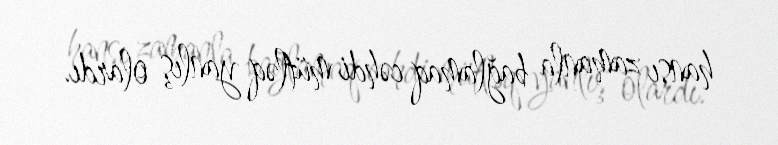
hansı zamanla bağlamaq cəhdi mütləq yanlış olardı.